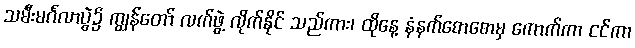
သမီးမင်္ဂလာပွဲ၌ ကျွန်တော် လက်ဖွဲ့ လိုက်နိုင် သည်ကား၊ ထိုနေ့ နံနက်စောစောမှ ကောက်ကာ ငင်ကာ